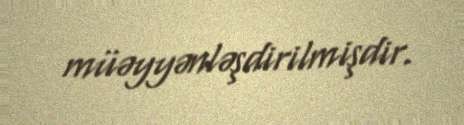
müəyyənləşdirilmişdir.